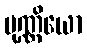
ပုဏ္ဏိယော